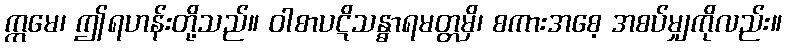
ဣမေ၊ ဤရဟန်းတို့သည်။ ဝါစာပဋိသန္ဓာရမတ္တမှိ၊ စကားအစေ့ အစပ်မျှကိုလည်း။